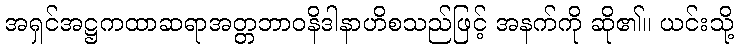
အရှင်အဋ္ဌကထာဆရာအတ္တဘာဝနိဒါနာဟိစသည်ဖြင့် အနက်ကို ဆို၏။ ယင်းသို့